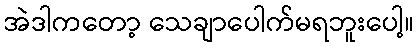
အဲဒါကတော့ သေချာပေါက်မရဘူးပေါ့။